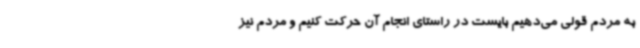
به مردم قولی می‌دهیم بایست در راستای انجام آن حرکت کنیم و مردم نیز